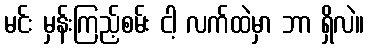
မင်း မှန်းကြည့်စမ်း ငါ့ လက်ထဲမှာ ဘာ ရှိလဲ။